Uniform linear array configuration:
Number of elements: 48
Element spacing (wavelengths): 0.25
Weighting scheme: binomial
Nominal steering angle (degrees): -45
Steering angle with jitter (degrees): -44.622
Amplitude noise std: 0.05
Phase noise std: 0.05

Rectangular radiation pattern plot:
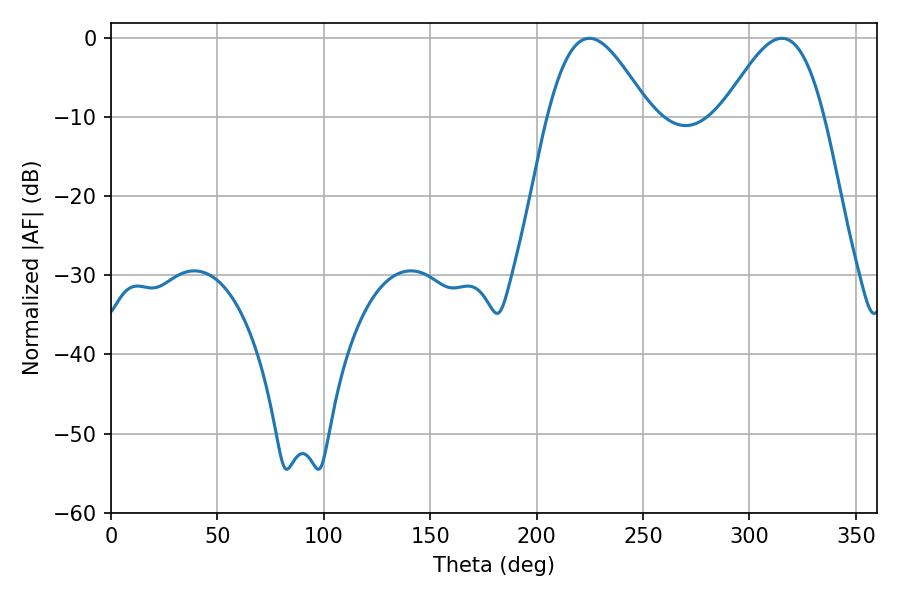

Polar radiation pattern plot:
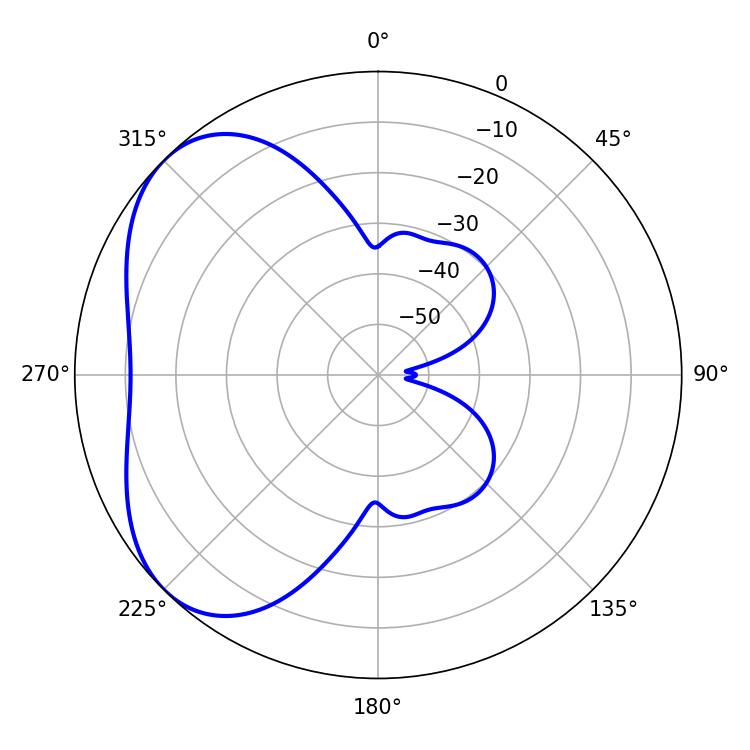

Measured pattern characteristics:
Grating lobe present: FALSE
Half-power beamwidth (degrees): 25.56
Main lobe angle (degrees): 224.82